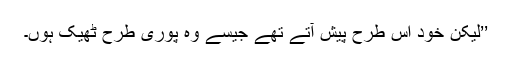
’’لیکن خود اس طرح پیش آتے تھے جیسے وہ پوری طرح ٹھیک ہوں۔